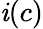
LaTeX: \mathit{i}(c)